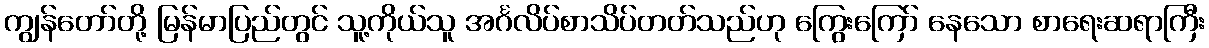
ကျွန်တော်တို့ မြန်မာပြည်တွင် သူ့ကိုယ်သူ အင်္ဂလိပ်စာသိပ်တတ်သည်ဟု ကြွေးကြော် နေသော စာရေးဆရာကြီး